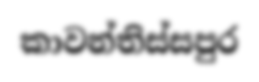
කාවන්තිස්සපුර